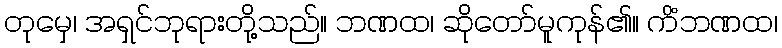
တုမှေ၊ အရှင်ဘုရားတို့သည်။ ဘဏထ၊ ဆိုတော်မူကုန်၏။ ကိံဘဏထ၊